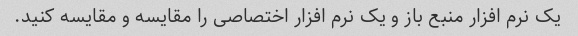
یک نرم افزار منبع باز و یک نرم افزار اختصاصی را مقایسه و مقایسه کنید.